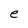
Character: e